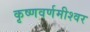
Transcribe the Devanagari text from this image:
कृष्णवर्णमीश्वर